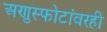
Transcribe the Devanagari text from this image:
अणुस्फोटांवरही